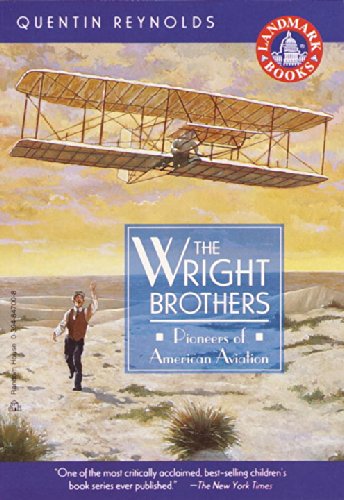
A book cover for The Wright Brothers: Pioneers of American Aviation (Landmark Books); Quentin Reynolds; History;